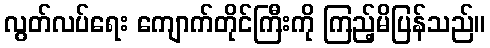
လွတ်လပ်ရေး ကျောက်တိုင်ကြီးကို ကြည့်မိပြန်သည်။